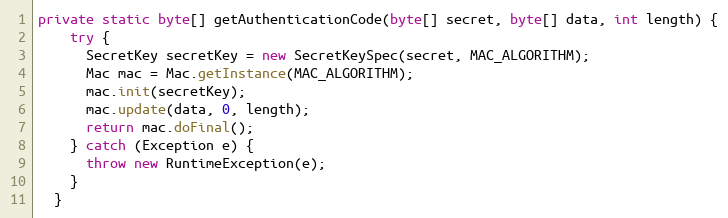
Language: Java
private static byte[] getAuthenticationCode(byte[] secret, byte[] data, int length) {
    try {
      SecretKey secretKey = new SecretKeySpec(secret, MAC_ALGORITHM);
      Mac mac = Mac.getInstance(MAC_ALGORITHM);
      mac.init(secretKey);
      mac.update(data, 0, length);
      return mac.doFinal();
    } catch (Exception e) {
      throw new RuntimeException(e);
    }
  }